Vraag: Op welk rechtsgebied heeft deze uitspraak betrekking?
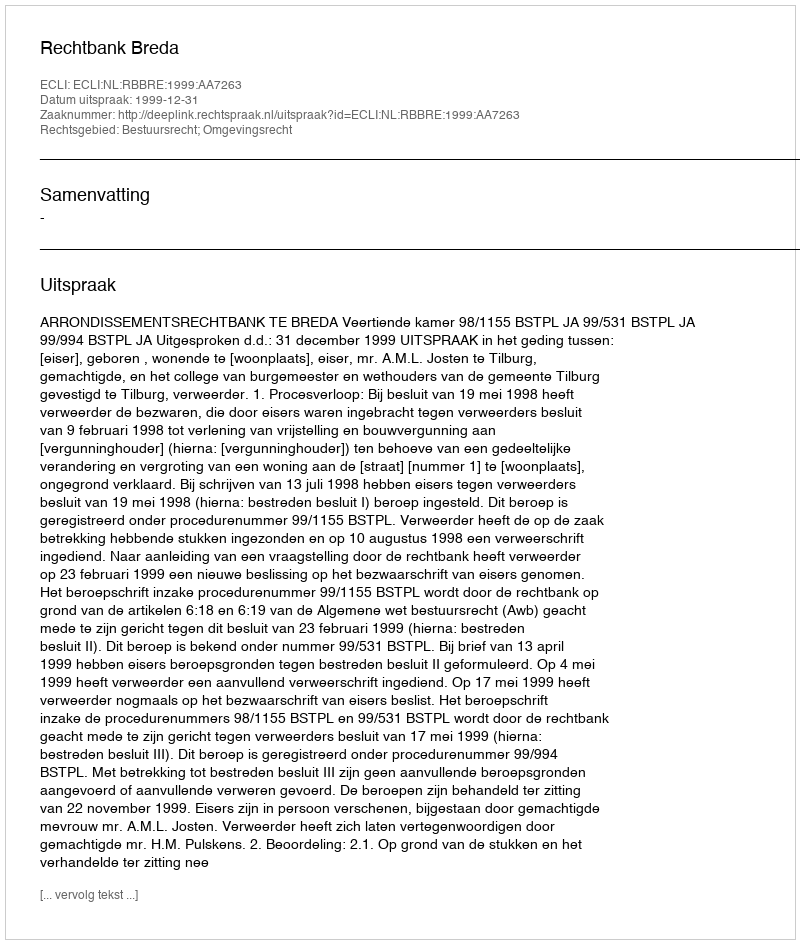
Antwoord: Bestuursrecht; Omgevingsrecht